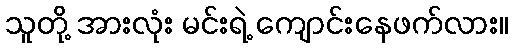
သူတို့ အားလုံး မင်းရဲ့ ကျောင်းနေဖက်လား။